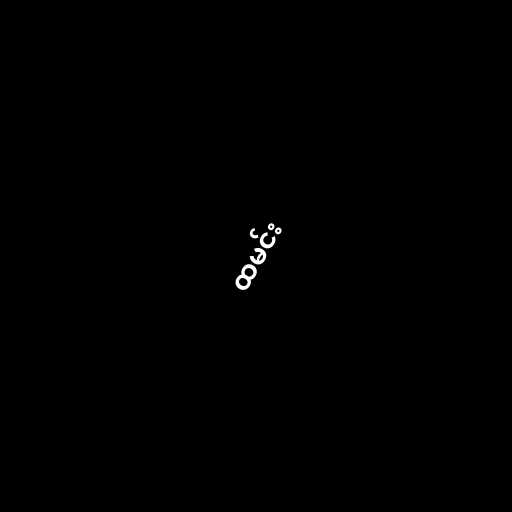
ထမင်း